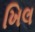
ખિલ